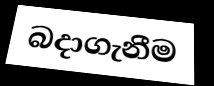
බදාගැනීම